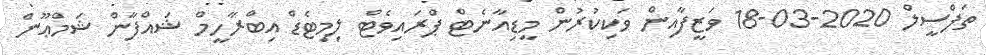
ތަފްސީލް 2020-03-18 ވަޒީފާއިން ވަކިކުރުން މީޑިއާނެޓް ޕްރައިވެޓް ލިމިޓެޑް އިބްރާހީމް ޝައްފާން ޝަމްޢޫން